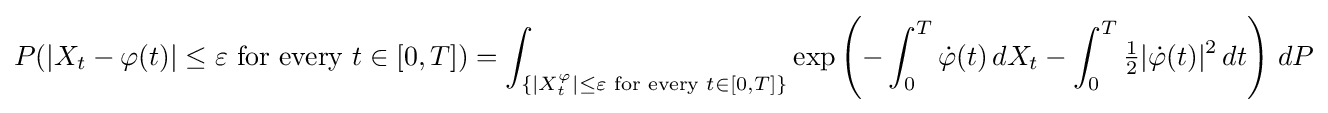
P(|X_{t}-\varphi (t)|\leq \varepsilon {\text{ for every }}t\in [0,T])=\int _{\left\{\left|X_{t}^{\varphi }\right|\leq \varepsilon {\text{ for every }}t\in [0,T]\right\}}\exp \left(-\int _{0}^{T}{\dot {\varphi }}(t)\,dX_{t}-\int _{0}^{T}{\tfrac {1}{2}}|{\dot {\varphi }}(t)|^{2}\,dt\right)\,dP